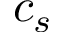
c _ { s }